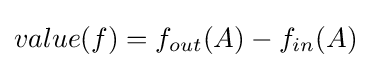
value(f)=f_{out}(A)-f_{in}(A)